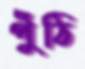
পুঁঠি